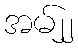
အမ်၂၂